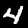
Label: 4